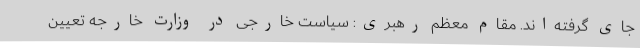
جای گرفته‌اند. مقام معظم رهبری: سیاست خارجی در وزارت خارجه تعیین